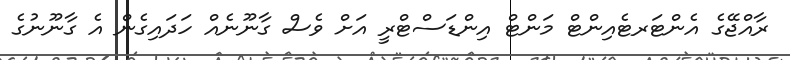
ރާއްޖޭގެ އެންޓަރޓެއިންޓް މަންޓް އިންޑަސްޓްރީ އަށް ވެސް ގާނޫނެއް ހަދައިގެން އެ ގާނޫނުގެ